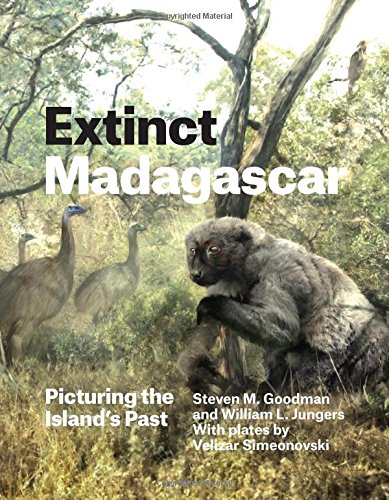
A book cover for Extinct Madagascar: Picturing the Island's Past; Steven M. Goodman; Science & Math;